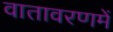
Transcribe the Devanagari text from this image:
वातावरणमें